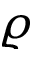
\varrho